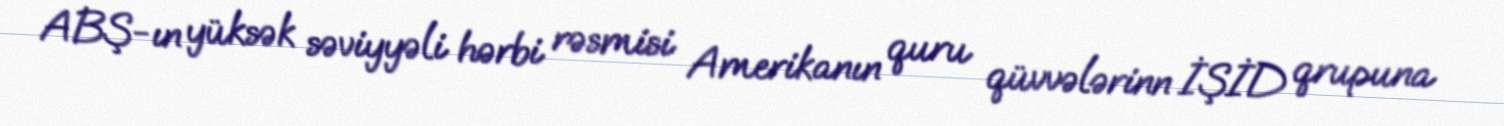
ABŞ-ın yüksək səviyyəli hərbi rəsmisi Amerikanın quru qüvvələrinn İŞİD qrupuna